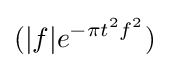
(|f|e^{-\pi t^{2}f^{2}})